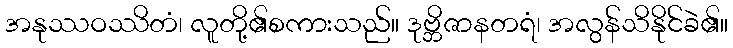
အနုဿဝဿိတံ၊ လူတို့၏စကားသည်။ ဒုဗ္ဘိဇာနတရံ၊ အလွန်သိနိုင်ခဲ၏။